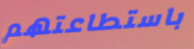
باستطاعتهم